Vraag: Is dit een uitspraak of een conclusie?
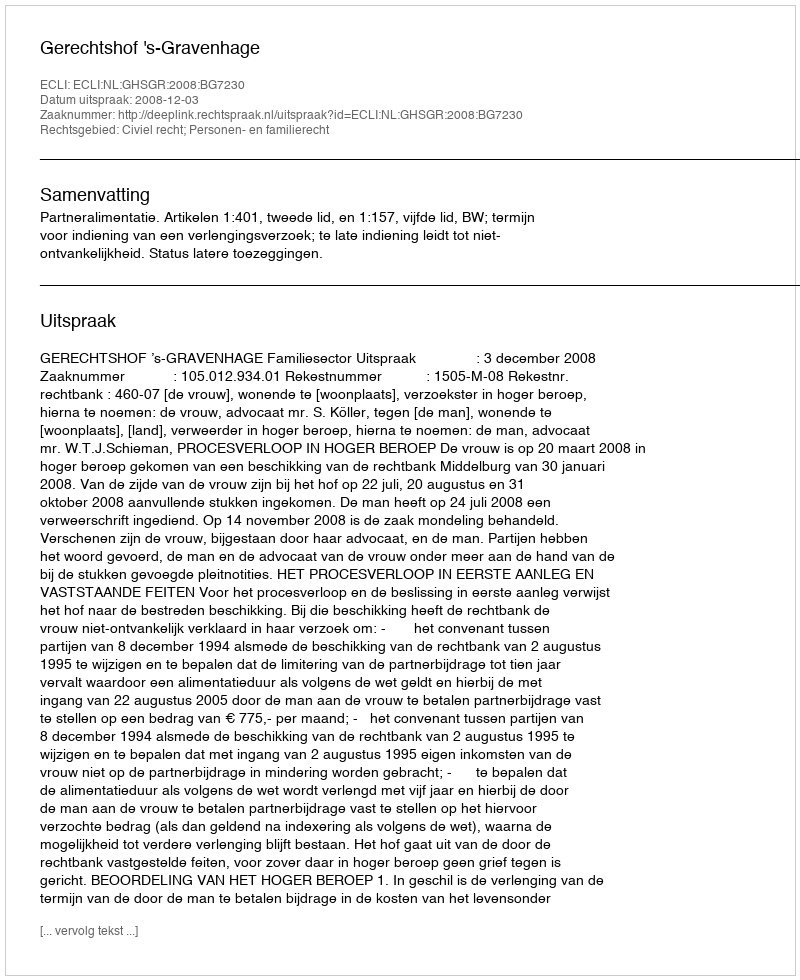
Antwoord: Uitspraak